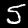
Label: 5